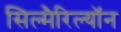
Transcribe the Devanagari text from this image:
सिल्मैरिल्यॉन